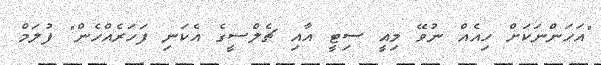
"އަހަންނަކަށް ހިއެއް ނުވޭ މިއީ ސިޓީ އާއި ޗެލްސީގެ އެކަނި ފަހަރެއްހެން" ފުލަމް